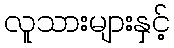
လူသားများနှင့်